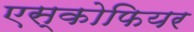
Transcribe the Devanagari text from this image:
एस्कोफियर